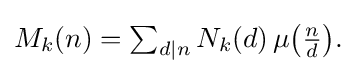
{\textstyle M_{k}(n)=\sum _{d|n}N_{k}(d)\,\mu {\bigl (}{\tfrac {n}{d}}{\bigr )}.}